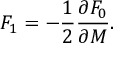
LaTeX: { \cal F } _ { 1 } = - \frac { 1 } { 2 } \frac { \partial { \cal F } _ { 0 } } { \partial M } .